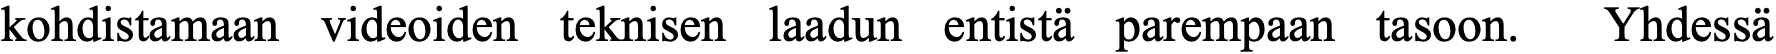
kohdistamaan videoiden teknisen laadun entistä parempaan tasoon. Yhdessä